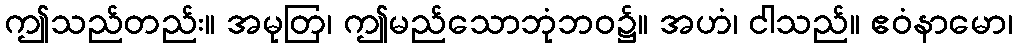
ဤသည်တည်း။ အမုတြ၊ ဤမည်သောဘုံဘဝ၌။ အဟံ၊ ငါသည်။ ဧဝံနာမော၊